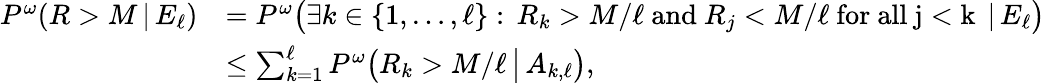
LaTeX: \begin{array}{rl}{P^{\omega}(R>M\, |\, E_{\ell})}&{=P^{\omega}\big(\exists k\in\{ 1,\dots,\ell\} :\, R_{k}>M/\ell\mathrm{~and~}R_{j}<M/\ell\mathrm{~for~all~j<k~}\, |\, E_{\ell}\big)}\\ &{\leq\sum_{k=1}^{\ell}P^{\omega}\big(R_{k}>M/\ell\, \big|\, A_{k,\ell}\big),}\end{array}